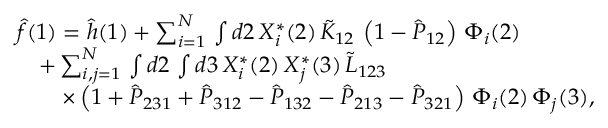
\begin{array} { r l } & { \hat { f } ( 1 ) = \hat { h } ( 1 ) + \sum _ { i = 1 } ^ { N } \, \int d 2 \, X _ { i } ^ { * } ( 2 ) \, \tilde { K } _ { 1 2 } \, \left( 1 - \hat { P } _ { 1 2 } \right) \, \Phi _ { i } ( 2 ) } \\ & { \quad + \sum _ { i , j = 1 } ^ { N } \, \int d 2 \, \int d 3 \, X _ { i } ^ { * } ( 2 ) \, X _ { j } ^ { * } ( 3 ) \, \tilde { L } _ { 1 2 3 } } \\ & { \quad \quad \times \left( 1 + \hat { P } _ { 2 3 1 } + \hat { P } _ { 3 1 2 } - \hat { P } _ { 1 3 2 } - \hat { P } _ { 2 1 3 } - \hat { P } _ { 3 2 1 } \right) \, \Phi _ { i } ( 2 ) \, \Phi _ { j } ( 3 ) \mathrm { , } } \end{array}